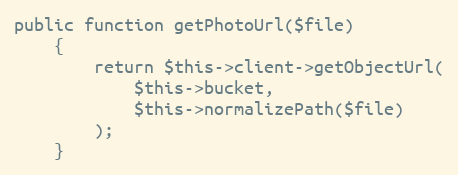
Language: PHP
public function getPhotoUrl($file)
    {
        return $this->client->getObjectUrl(
            $this->bucket,
            $this->normalizePath($file)
        );
    }